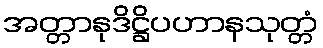
အတ္တာနုဒိဋ္ဌိပဟာနသုတ္တံ